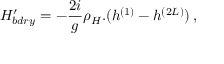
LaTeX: { \cal H } _ { b d r y } ^ { \prime } = - \frac { 2 i } { g } \rho _ { H } . ( h ^ { ( 1 ) } - h ^ { ( 2 L ) } ) \, ,